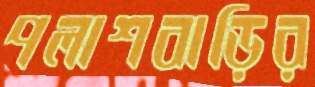
পলাশবাড়ির